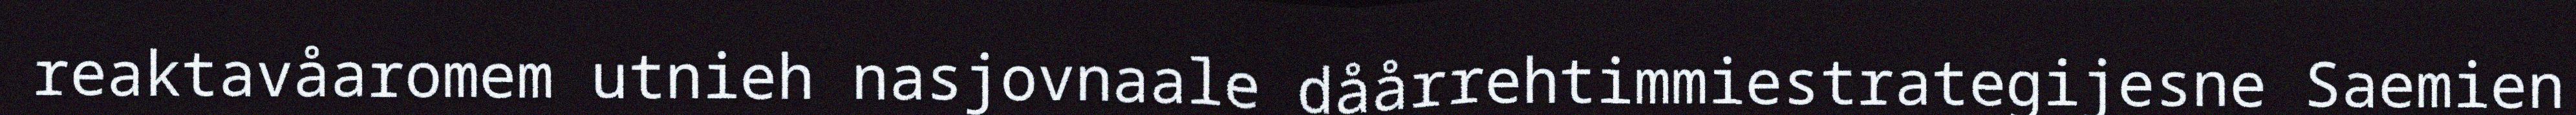
reaktavåaromem utnieh nasjovnaale dåårrehtimmiestrategijesne Saemien